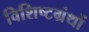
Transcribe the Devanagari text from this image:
विशिष्टग्रंथों